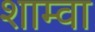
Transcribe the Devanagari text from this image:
शाम्वा